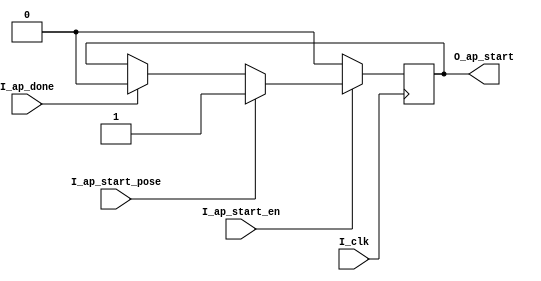
//FILE_HEADER---------------------------------------------------------------------------------------
//ZTE  Copyright (C)
//ZTE Company Confidential
//--------------------------------------------------------------------------------------------------
//Project Name : cnna
//Department   : Technical Planning Department/System Products/ZTE
//--------------------------------------------------------------------------------------------------
//Module Hiberarchy :
//        |--U01_ap_start_ctrl
//        |--U02_axim_wddr
// cnna --|--U03_axis_reg
//        |--U04_main_process
//--------------------------------------------------------------------------------------------------
//Relaese History :
//--------------------------------------------------------------------------------------------------
//Version         Date           Author        Description
// 1.1           july-30-2019                    
//--------------------------------------------------------------------------------------------------
//Main Function:
//a)Get the data from ddr chip using axi master bus
//b)Write it to the ibuf ram
//--------------------------------------------------------------------------------------------------
//REUSE ISSUES: none
//Reset Strategy: synchronization 
//Clock Strategy: one common clock 
//Critical Timing: none 
//Asynchronous Interface: none 
//END_HEADER----------------------------------------------------------------------------------------
module ap_start_ctrl (
input                               I_clk           ,
input                               I_ap_start_en   ,
input                               I_ap_start_pose ,
input                               I_ap_done       ,
output reg                          O_ap_start      
);

always @(posedge I_clk)begin
    if(I_ap_start_en)begin
        if (I_ap_start_pose)begin
            O_ap_start  <= 1'b1     ;
        end
        else if(I_ap_done)begin
            O_ap_start  <= 1'b0     ;
        end
        else begin
            O_ap_start <= O_ap_start ;
        end
    end
    else begin
       O_ap_start <= 1'b0               ; 
    end
end

////////////////////////////////////////////////////////////////////////////////////////////////////
// Naming specification                                                                         
// (1) w+"xxx" name type , means write clock domain                                             
//        such as wrst,wclk,winc,wdata, wptr, waddr,wfull, and so on                            
////////////////////////////////////////////////////////////////////////////////////////////////////

////////////////////////////////////////////////////////////////////////////////////////////////////
//                                                                                                
//    __    __    __    __    __    __    __    __    __    __    __    __    __    __    __    __
// __|  |__|  |__|  |__|  |__|  |__|  |__|  |__|  |__|  |__|  |__|  |__|  |__|  |__|  |__|  |__|  
//                                                                                                
//                                                                                                
////////////////////////////////////////////////////////////////////////////////////////////////////

////////////////////////////////////////////////////////////////////////////////////////////////////
//        u0_wptr_full                                                                           
////////////////////////////////////////////////////////////////////////////////////////////////////

endmodule